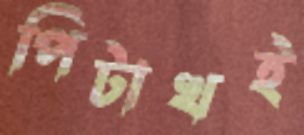
পিটাখই